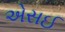
એસઈ